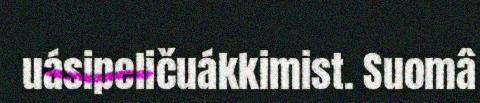
uásipeličuákkimist. Suomâ